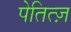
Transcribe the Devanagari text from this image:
पेतित्ज़